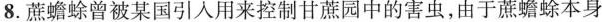
8.蔗蟾蜍曾被某国引人用来控制甘蔗园中的害虫，由于蔗蟾蜍本身